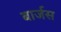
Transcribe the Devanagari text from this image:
बार्जस